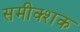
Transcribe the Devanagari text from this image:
समीक्शक